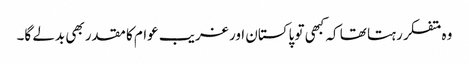
وہ متفکر رہتا تھا کہ کبھی تو پاکستان اور غریب عوام کا مقدر بھی بدلے گا۔